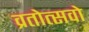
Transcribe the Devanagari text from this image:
व्रतोत्सवो